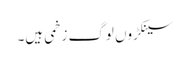
سینکڑوں لوگ زخمی ہیں۔